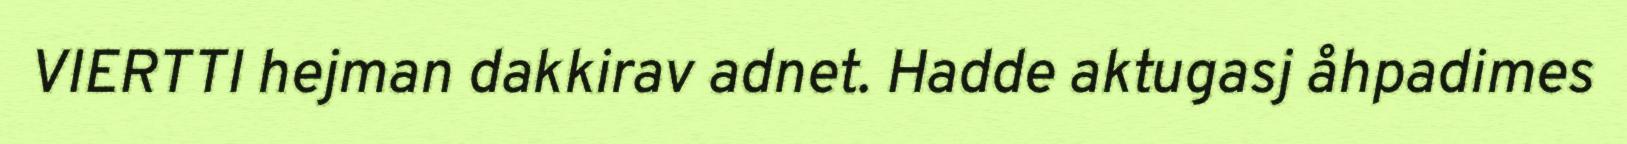
VIERTTI hejman dakkirav adnet. Hadde aktugasj åhpadimes